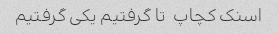
اسنک کچاپ  تا گرفتیم یکی گرفتیم